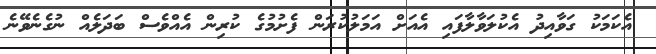
އެކަމަކު ގަވާއިދު އެކުލަވާލާފައި އެއަށް އަމަލުކުރަން ފެށުމުގެ ކުރިން އެއްވެސް ބަދަލެއް ނުގެނެވޭނެ